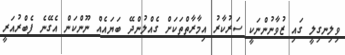
ވިލިނގިލީ ގައި ޒުވާނުންނަކީ ސަރުކާރު އިމާރާތްތަކަށް ގެއްލުންދޭ ބަޔައެއް ނޫންކަން އެގޭނެ ފެބްރުއަރީ